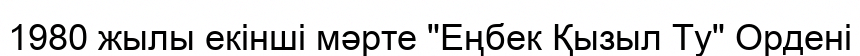
1980 жылы екінші мәрте "Еңбек Қызыл Ту" Ордені